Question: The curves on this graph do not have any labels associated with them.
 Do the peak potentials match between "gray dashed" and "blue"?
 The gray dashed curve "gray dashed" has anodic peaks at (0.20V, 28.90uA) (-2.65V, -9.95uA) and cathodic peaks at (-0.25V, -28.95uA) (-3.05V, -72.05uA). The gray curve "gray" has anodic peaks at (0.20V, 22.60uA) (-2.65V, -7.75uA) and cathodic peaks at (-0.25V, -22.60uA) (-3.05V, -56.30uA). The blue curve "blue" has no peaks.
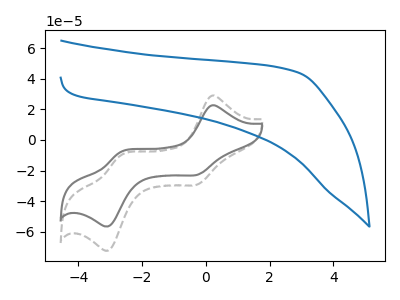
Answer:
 <answer>No, "gray dashed" and "blue" have a different number of peaks.</answer>
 <eval>different_amount</eval>